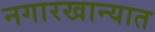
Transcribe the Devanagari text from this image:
नगारखान्यात